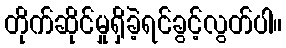
တိုက်ဆိုင်မှုရှိခဲ့ရင်ခွင့်လွတ်ပါ။